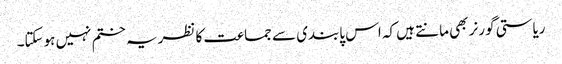
ریاستی گورنر بھی مانتے ہیں کہ اس پابندی سے جماعت کا نظریہ ختم نہیں ہوسکتا۔